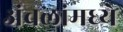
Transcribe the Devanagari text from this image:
अंचलांमध्ये